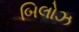
બિલોઝ